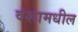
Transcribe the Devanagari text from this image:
वंशामधील